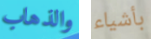
والذهاب بأشياء